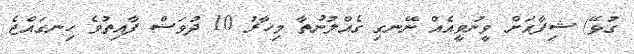
ގުޅޭ) ޝިފާއަށް ވީނުވީއެއް ނޭނގި ގެއްލުނުތާ މިހާރު 10 ދުވަސް ފާއިތުވެ ހިނގައްޖެ